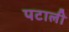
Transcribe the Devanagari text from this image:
पटाली